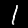
Digit: 1